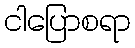
ငါပြောစရာ